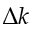
\Delta k